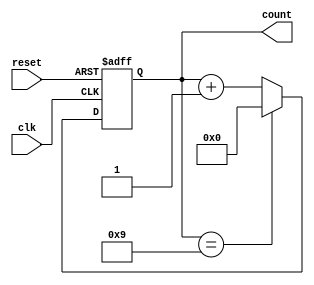
module BCD_Asynchronous_Counter (
    input wire clk,         // Clock input
    input wire reset,       // Asynchronous reset input
    output reg [3:0] count  // 4-bit output for BCD count
);

    // Asynchronous reset and counting logic
    always @(posedge clk or posedge reset) begin
        if (reset) begin
            count <= 4'b0000; // Reset the counter to 0
        end else begin
            if (count == 4'b1001) begin
                count <= 4'b0000; // Reset to 0 when reaching 10 (1010)
            end else begin
                count <= count + 1; // Increment the counter
            end
        end
    end

endmodule